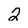
Character: 2